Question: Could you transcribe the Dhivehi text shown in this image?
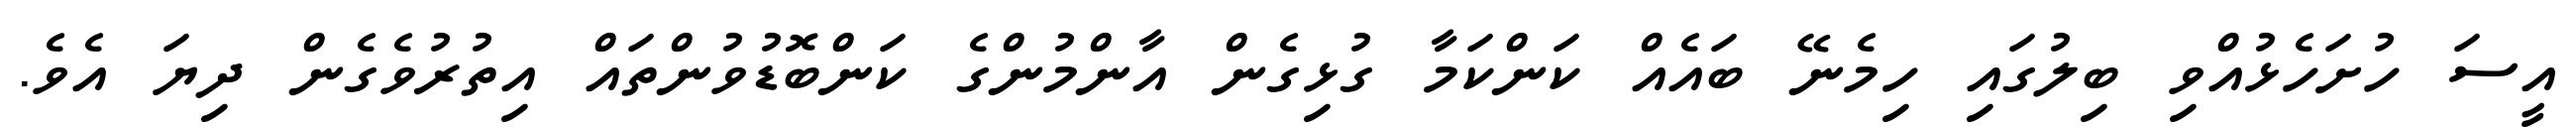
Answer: އީސަ ހުށަހެޅުއްވި ބިލުގައި ހިމެނޭ ބައެއް ކަންކަމާ ގުޅިގެން އާންމުންގެ ކަންބޮޑުވުންތައް އިތުރުވެގެން ދިޔަ އެވެ.